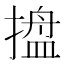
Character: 𭢋